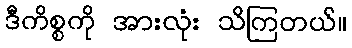
ဒီကိစ္စကို အားလုံး သိကြတယ်။